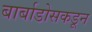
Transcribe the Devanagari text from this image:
बार्बाडोसकडून